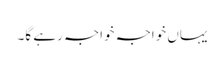
یہاں خواجہ خواجہ رہے گا۔